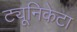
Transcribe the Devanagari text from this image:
ट्यूनिकेटा